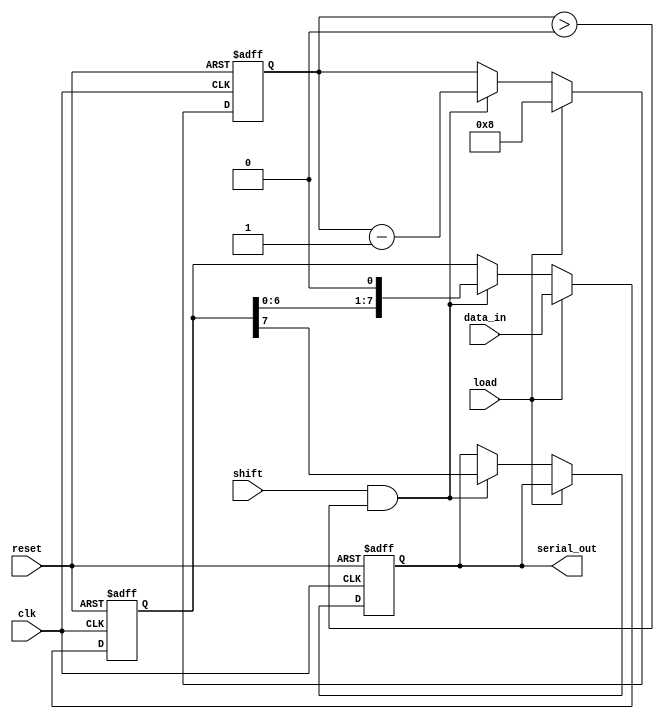
module piso_register #(
    parameter WIDTH = 8 // Configurable width of the parallel input
)(
    input wire clk,                // Clock signal
    input wire reset,              // Asynchronous reset signal
    input wire load,               // Load control signal
    input wire shift,              // Shift control signal
    input wire [WIDTH-1:0] data_in,// Parallel input data
    output reg serial_out          // Serial output
);

    reg [WIDTH-1:0] shift_reg;     // Shift register to hold data
    reg [3:0] bit_counter;          // Counter for tracking bits shifted out
    
    // Asynchronous reset
    always @(posedge clk or posedge reset) begin
        if (reset) begin
            shift_reg <= 0;         // Clear the shift register
            serial_out <= 0;        // Clear the serial output
            bit_counter <= 0;        // Reset the bit counter
        end else begin
            if (load) begin
                shift_reg <= data_in; // Load data into shift register
                bit_counter <= WIDTH;  // Set the bit counter to the width
            end else if (shift && bit_counter > 0) begin
                serial_out <= shift_reg[WIDTH-1]; // Output the MSB
                shift_reg <= shift_reg << 1; // Shift left
                bit_counter <= bit_counter - 1; // Decrement the counter
            end
        end
    end

endmodule